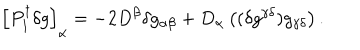
\left[ P _ { 1 } ^ { \dagger } \delta g \right] _ { \alpha } = - 2 D ^ { \beta } \delta g _ { \alpha \beta } + D _ { \alpha } \left( ( \delta g ^ { \gamma \delta } ) g _ { \gamma \delta } \right) .